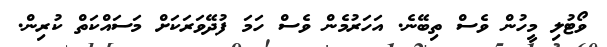
ވޯޓުލި މީހުން ވެސް ތިބޭނެ. އަހަރުމެން ވެސް ހަމަ ފުދޭވަރަކަށް މަސައްކަތް ކުރިން.